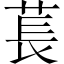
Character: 萇